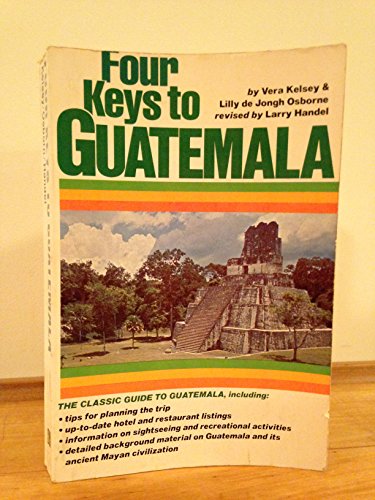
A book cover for Four Keys to Guatemala; Vera Kelsey; Travel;